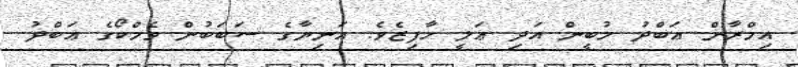
އިމްރާން ޢަބްދު މުބީން އަދި ޢަލީ ހާފިޒެވެ. އަނިޔާގެ ސަބަބުން ވެމްކޯގެ ޢަބްދު